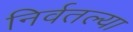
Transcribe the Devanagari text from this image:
निर्वतल्या